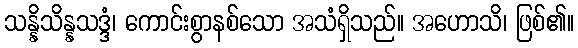
သန္နိသိန္နသဒ္ဒံ၊ ကောင်းစွာနစ်သော အသံရှိသည်။ အဟောသိ၊ ဖြစ်၏။